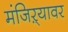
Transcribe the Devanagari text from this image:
मंजिऱ्यावर